Civil Veterinary Department Bihar reports 1940-50 - 1940-1950
Year: 1940
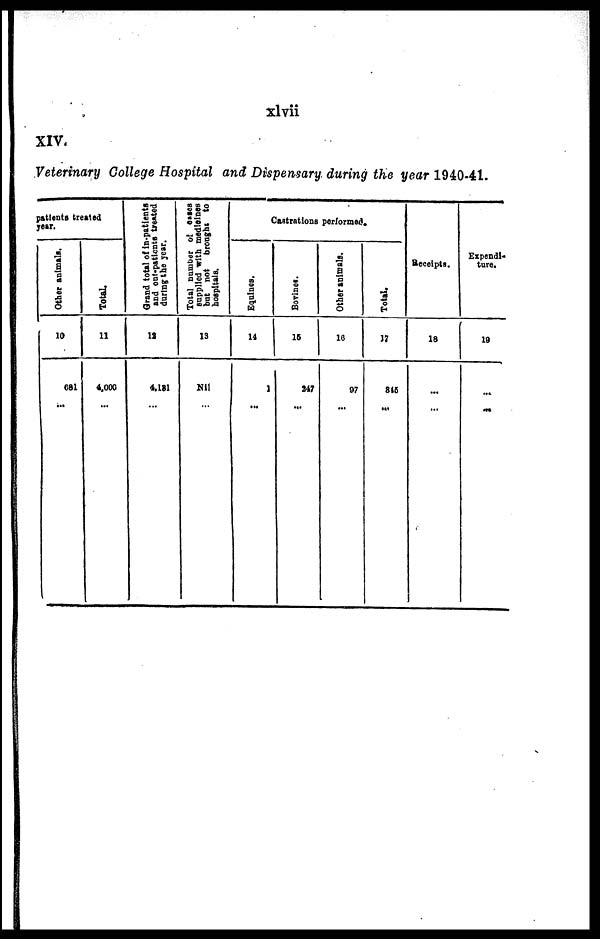
xlvii
XIV.
Veterinary College Hospital and Dispensary during the year 1940-41.
patients treated
year.
Other animals.
10
681
...
Total
11
4,000
...
Grand total of in-patients
and out-patients treated
during the year.
12
4,121
...
Total number
of cases
supplied with medlcines
but
not
brought to
hospitals.
13
Nil
...
Castrations performed.
Equines.
14
1
...
Bovines.
15
247
...
Other animals.
18
97
...
Total.
17
345
...
Receipts.
18
...
...
Expendi-
ture.
19
...
...